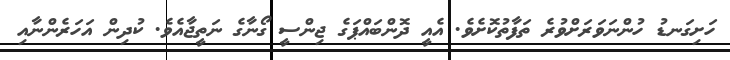
ހަށިގަނޑު ހުންނަވަރަށްވުރެ ތަފާތުކޮށެވެ. އެއީ ދޮންބައްޕަގެ ޖިންސީ ގޯނާގެ ނަތީޖާއެވެ. ކުދިން އަހަރެންނާއި